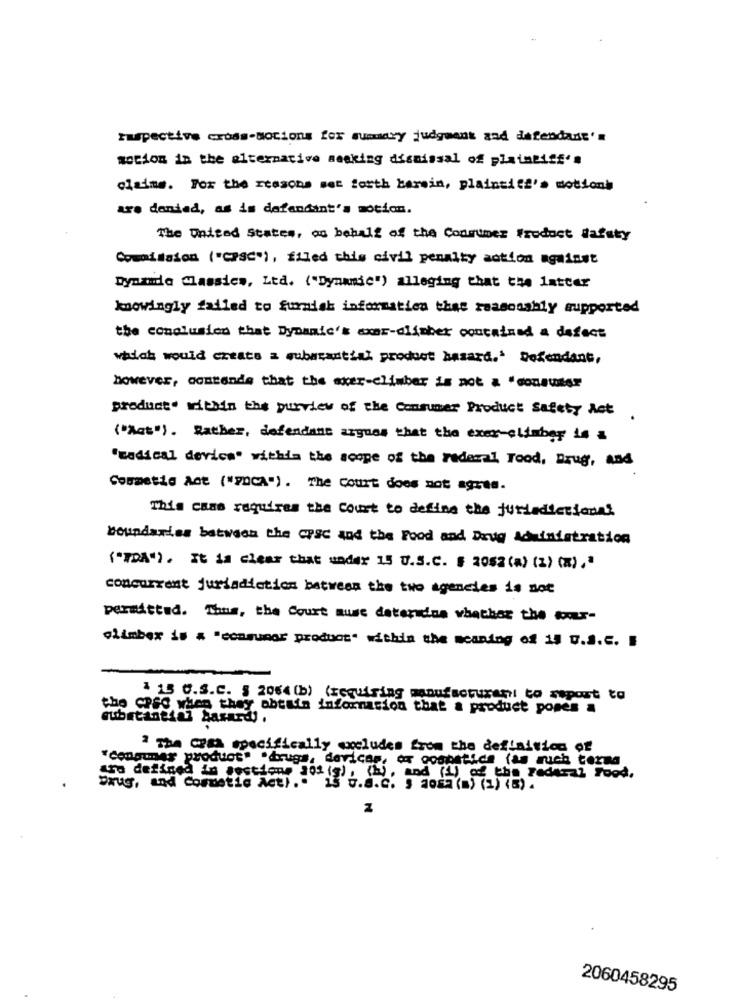
huspective cross-Notions for summary judgment and defendant'a
socion in the alternative seeking dismissal of plaintiff's
claims. For the reasons set forth barein, plaintiff's motionb
are denied, as is defendant's motion.
The United States, as behalf of the Consumer Product Wafsty
Commission ("CPSC"), filed this civil penalty action against
Dynamda Classics, Ltd. ("Dynamic") alleging that the latter
knowingly failed to furnish information that reasonably supported
the conclusion that Dynamic's axar-dlimber contained a defect
which would create a substantial product hasard.' Defendant,
however, contende that the exer-climber is not a "consuser
product' within the purview of the Consumer Product Safety Not
("Act"). Rather, defendant argues that the exer-climber is a
"medical device" within the scope of the redecal rood, Brug, and
Cosmetic Act ("PDCA"). The Court does not agree.
This case requires the Court to define the jurisdictional
boundaries between the CPSC and the Food and Drug Administration
("TDA"). It is clear that under 15 U.S.C. § 2052(a) (2) (x)."
concurrent jurisdiction between the two agencies is not
permitted. Thus, the Court muse deterdna whether the tour-
climber is a "consumer product" within the meaning of 15 U.S.c. B
is C.S.C. $ 2064 (b) (requiring manufacturant to report to
the CPSC when they obtain information that a product pones a
substantial Sasards.
" The Coma specifically excludes from the definition of
"consumer product" "drugs, devices, ox goabatida (as much terms
cho defined in gestione 502 (g), (%), and (1) of the Federal Food.
Drug, and Comdetis Act). 15 U.S.C. § 1082(m) (1) (5) .
2060458295